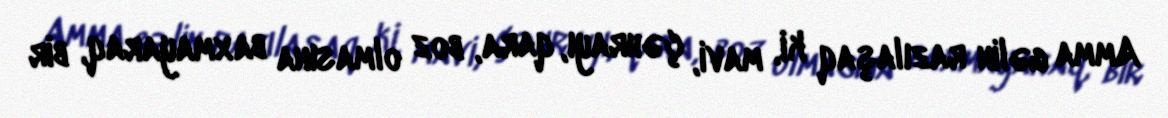
Amma gəlin razılaşaq ki, mavi, çəhrayı, qara, boz olmasına baxmayaraq, bir